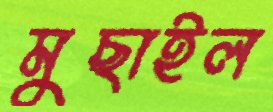
মুছাইল